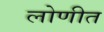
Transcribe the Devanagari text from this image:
लोणीत